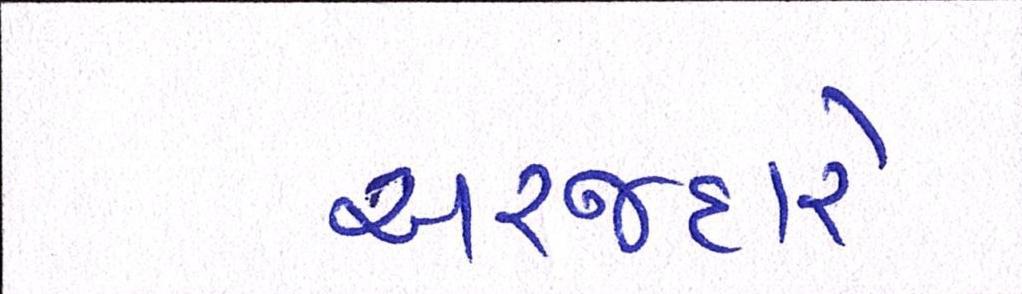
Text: અરજદારે